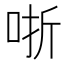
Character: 哳